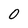
Character: 0